Civil Veterinary Department Bihar & Orissa reports 1922-29 - 1922-1929
Year: 1922
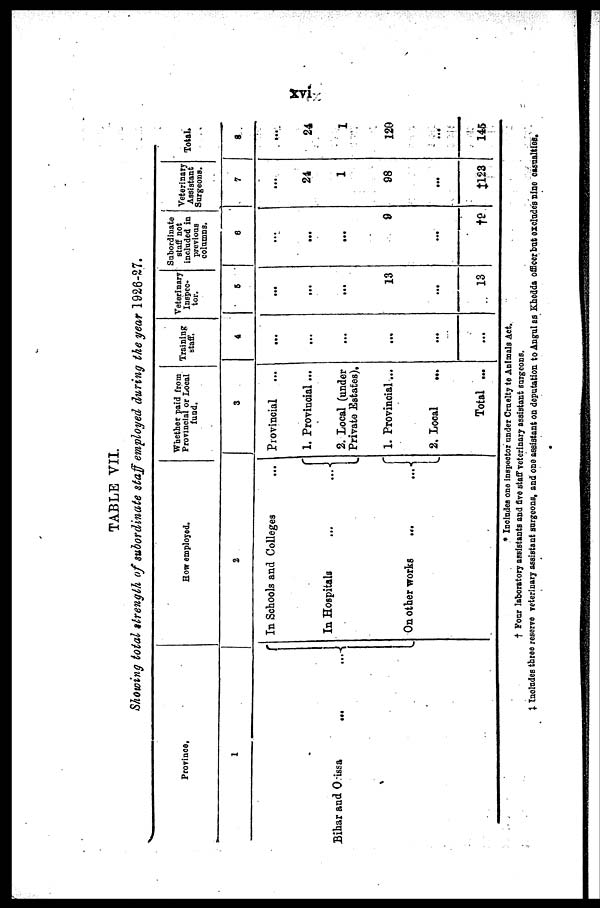
TABLE VII.
Showing total strength of subordinate staff employed during the year 1926-27.
Province.
1
Bihar and Orissa ...
How employed.
2
In Schools and Colleges
In Hospitals
On other works
...
Whether paid from
Provincial or Local
fund.
3
Provincial
1. Provincial...
2. Local (under
Private Estates).
1. Provincial...
2. Local
...
Total ...
Training
staff.
4
...
...
...
...
...
...
Veterinary
Inspec-
tor.
5
...
...
...
13
...
13
Subordinate
staff not
included in
previous
columns.
6
...
...
...
9
...
†2
Veterinary
Assistant
Surgeons.
7
...
24
1
98
...
1123
Total.
8
...
24
1
120
...
145
* Includes one inspector under Cruelty to Animals Act.
†
Four
laboratory assistants and five staff veterinary assistant surgeons.
Includes three reserve veterinary assistant surgeons, and one assistant on deputation to Angul as Kheda officer but excludes nine casualties.